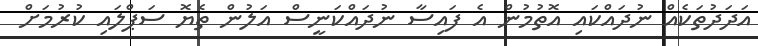
އަދަދުތަކެއް ނުދައްކައި އޮތުމުން އެ ފައިސާ ނުދައްކަނީސް އަލުން ތެޔޮ ސަޕްލައި ކުރުމަށް